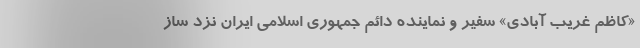
«کاظم غریب آبادی» سفیر و نماینده دائم جمهوری اسلامی ایران نزد ساز